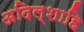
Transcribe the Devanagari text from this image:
अदिल्शाहि